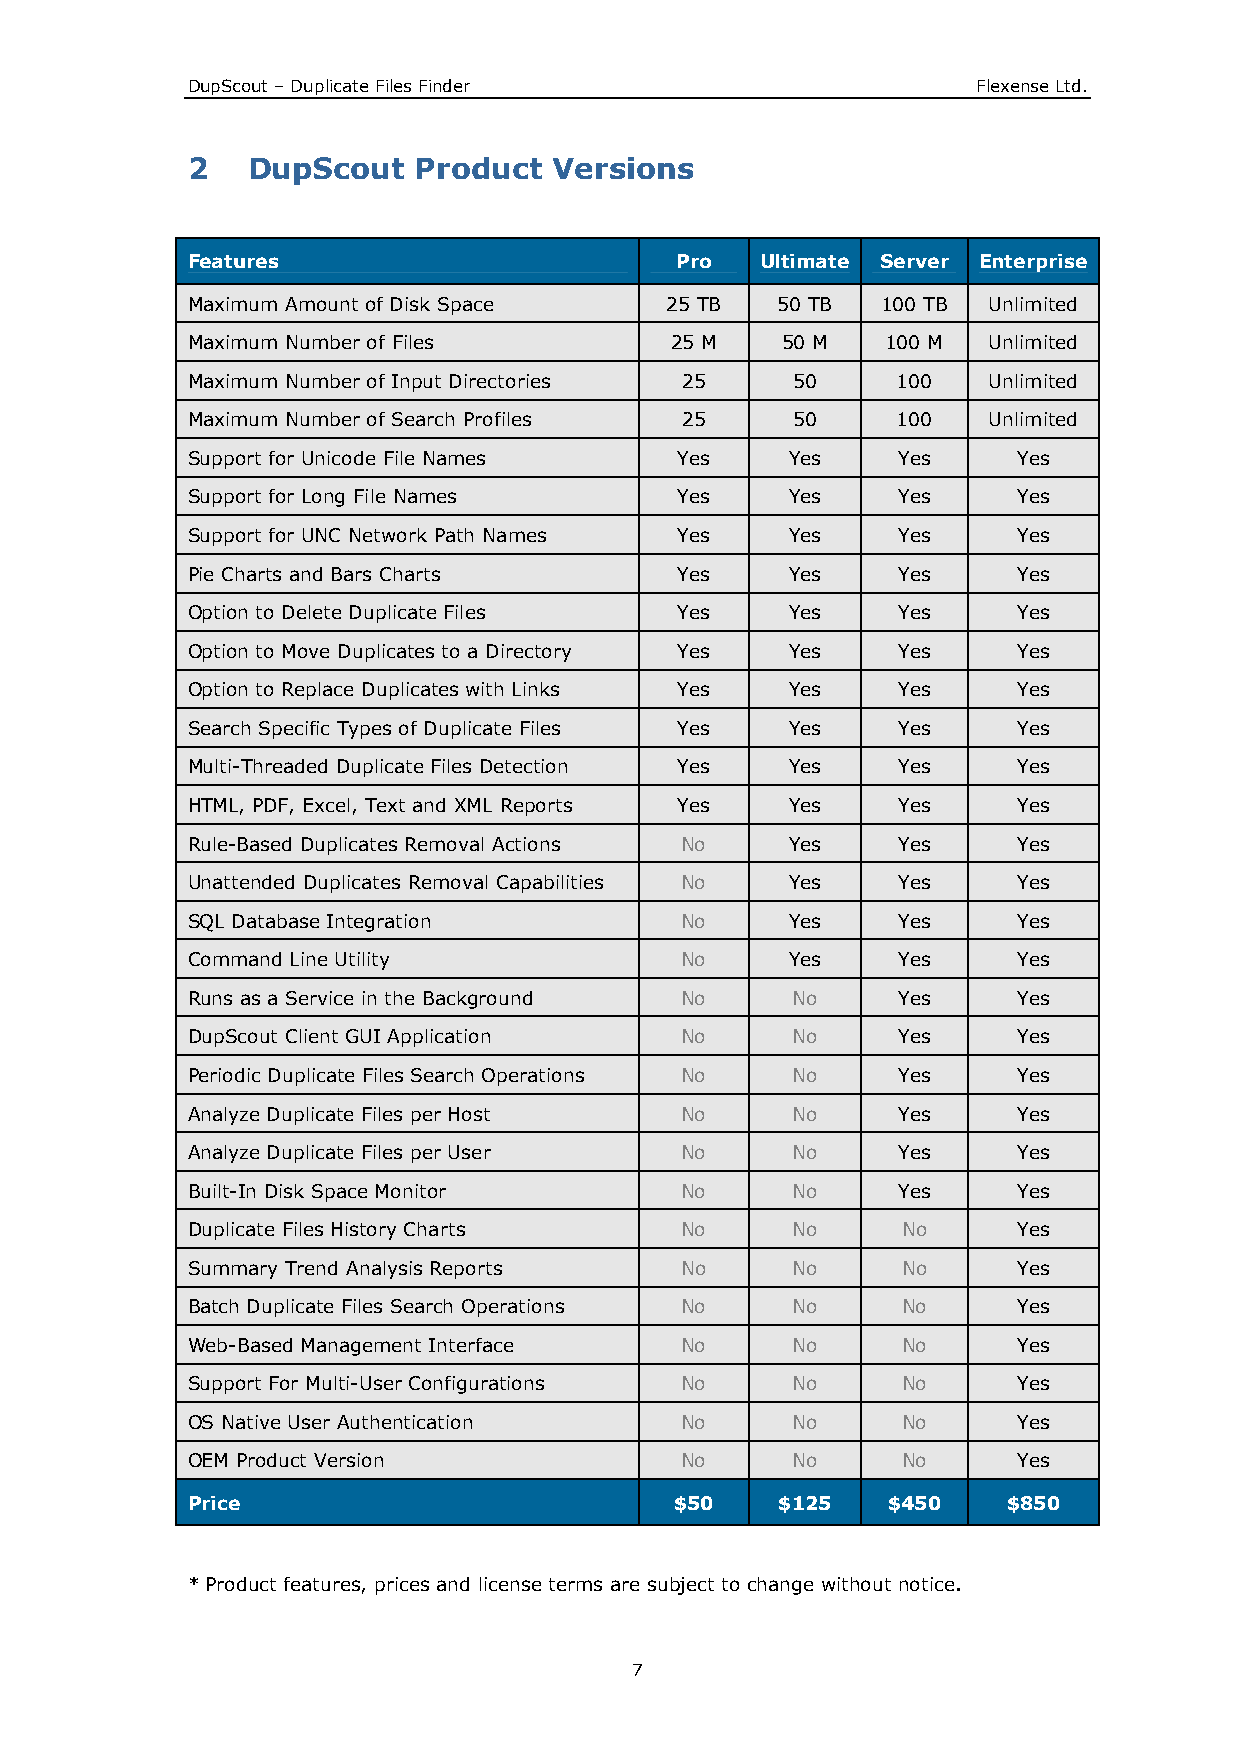
DupScout – Duplicate Files Finder                    Flexense Ltd.
 2   DupScout   Product   Versions
 Features                         Pro  Ultimate Server Enterprise
 Maximum Amount of Disk Space    25 TB  50 TB  100 TB Unlimited
 Maximum Number of Files         25 M    50 M   100 M Unlimited
 Maximum Number of Input Directories 25  50     100   Unlimited
 Maximum Number of Search Profiles 25    50     100   Unlimited
 Support for Unicode File Names   Yes    Yes    Yes     Yes
 Support for Long File Names      Yes    Yes    Yes     Yes
 Support for UNC Network Path Names Yes  Yes    Yes     Yes
 Pie Charts and Bars Charts       Yes    Yes    Yes     Yes
 Option to Delete Duplicate Files Yes    Yes    Yes     Yes
 Option to Move Duplicates to a Directory Yes Yes Yes   Yes
 Option to Replace Duplicates with Links Yes Yes Yes    Yes
 Search Specific Types of Duplicate Files Yes Yes Yes   Yes
 Multi-Threaded Duplicate Files Detection Yes Yes Yes   Yes
 HTML, PDF, Excel, Text and XML Reports Yes Yes Yes     Yes
 Rule-Based Duplicates Removal Actions No Yes   Yes     Yes
 Unattended Duplicates Removal Capabilities No Yes Yes  Yes
 SQL Database Integration         No     Yes    Yes     Yes
 Command Line Utility             No     Yes    Yes     Yes
 Runs as a Service in the Background No  No     Yes     Yes
 DupScout Client GUI Application  No     No     Yes     Yes
 Periodic Duplicate Files Search Operations No No Yes   Yes
 Analyze Duplicate Files per Host No     No     Yes     Yes
 Analyze Duplicate Files per User No     No     Yes     Yes
 Built-In Disk Space Monitor      No     No     Yes     Yes
 Duplicate Files History Charts   No     No      No     Yes
 Summary Trend Analysis Reports   No     No      No     Yes
 Batch Duplicate Files Search Operations No No   No     Yes
 Web-Based Management Interface   No     No      No     Yes
 Support For Multi-User Configurations No No     No     Yes
 OS Native User Authentication    No     No      No     Yes
 OEM Product Version              No     No      No     Yes
 Price                            $50    $125   $450    $850
 * Product features, prices and license terms are subject to change without notice.
 7